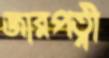
জারপত্নী